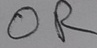
Text: OR